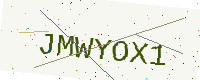
Text: JMWYOX1